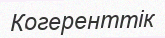
Когеренттік